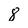
Character: 8